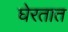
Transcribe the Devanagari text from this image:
घेरतात